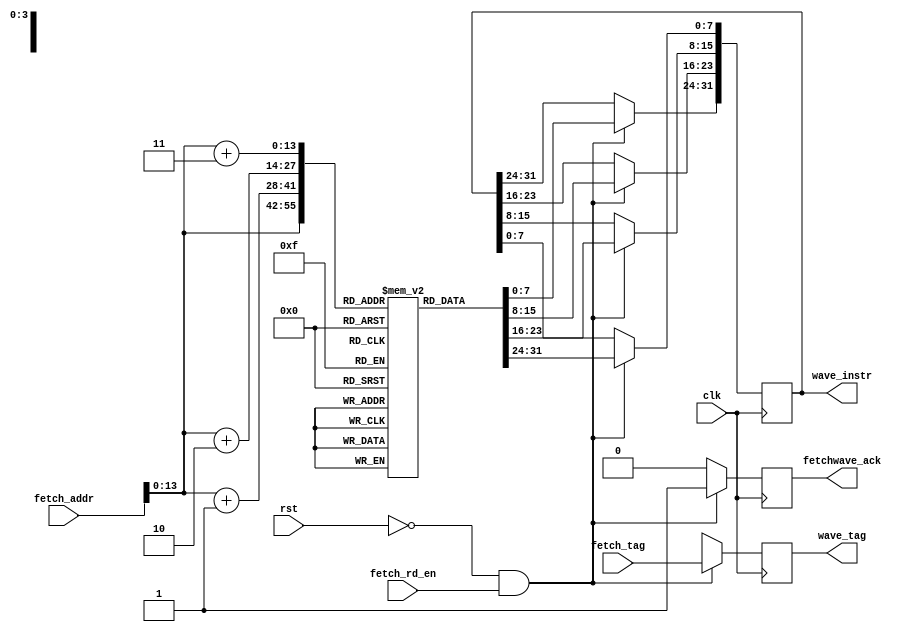
module instr_buffer(
      fetch_rd_en,
      fetch_addr,
      fetch_tag,
      fetchwave_ack,
      wave_instr,
      wave_tag,
      clk,
      rst
 );

parameter NUMOFCU = 1;

input clk;

input rst;

input [(NUMOFCU - 1):0] fetch_rd_en;
input [(NUMOFCU*32 - 1):0] fetch_addr;
input [(NUMOFCU*39 - 1):0] fetch_tag;

output [(NUMOFCU - 1):0] fetchwave_ack;
output [(NUMOFCU*32 - 1):0] wave_instr;
output [(NUMOFCU*39 - 1):0] wave_tag;

reg [(NUMOFCU - 1):0] fetchwave_ack;
reg [(NUMOFCU*32 - 1):0] wave_instr;
reg [(NUMOFCU*39 - 1):0] wave_tag;

reg [7:0] instr_memory[10000];

///////////////////////////////
//Your code goes here - beware: script does not recognize changes
// into files. It ovewrites everithing without mercy. Save your work before running the script
///////////////////////////////

integer i;

always @ (posedge clk)
	for(i = 0; i < NUMOFCU; i++) begin
		if (~rst & fetch_rd_en[i]) begin
			wave_instr[(i*32 + 7)-:8] = instr_memory[fetch_addr[(i*32 + 31)-:32]];
			wave_instr[(i*32 + 15)-:8] = instr_memory[fetch_addr[(i*32 + 31)-:32] + 1];
			wave_instr[(i*32 + 23)-:8] = instr_memory[fetch_addr[(i*32 + 31)-:32] + 2];
			wave_instr[(i*32 + 31)-:8] = instr_memory[fetch_addr[(i*32 + 31)-:32] + 3];

			wave_tag[(i*39 + 38)-:39] = fetch_tag[(i*39 + 38)-:39];
			fetchwave_ack[i] = 1'b1;
		end
		else begin
			// if reset or ~fetch_rd_en[i]
			wave_tag[(i*39 + 38)-:39] = 39'bx;
			fetchwave_ack[i] = 1'b0;
		end
	end

endmodule